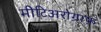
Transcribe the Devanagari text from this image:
मीटिअरोग्राफ़